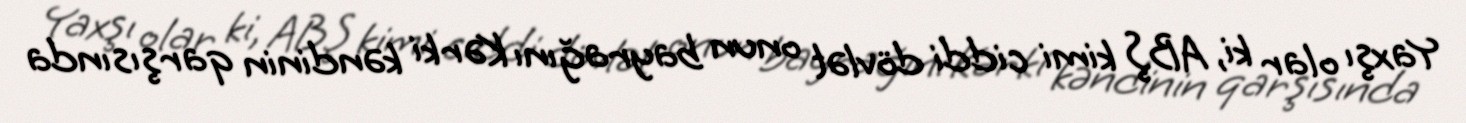
Yaxşı olar ki, ABŞ kimi ciddi dövlət onun bayrağını Kərki kəndinin qarşısında